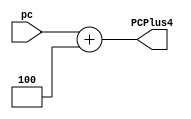

//////////////////////////////////////////////////////////////////////////////////
// Company: 
// 
// Design Name: 
// Module Name: add4
// Project Name: single cycle MIPS
// Target Devices: 
// Tool Versions: 
// Description: 
// 
// Dependencies: 
// 
// Revision:
// Revision 0.01 - File Created
// Additional Comments:
// 
//////////////////////////////////////////////////////////////////////////////////

module add4
			 #(parameter n = 32)
			 (
			 input [n-1:0] pc,
			 output reg [n-1:0] PCPlus4
			 );
			 
			 always @(*)
			 begin
				PCPlus4 = pc + 4;
			 end
endmodule